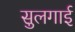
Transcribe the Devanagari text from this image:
सुलगाई